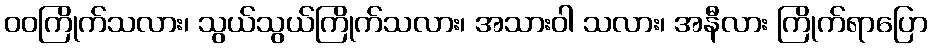
ဝဝကြိုက်သလား၊ သွယ်သွယ်ကြိုက်သလား၊ အသားဝါ သလား၊ အနီလား ကြိုက်ရာပြော